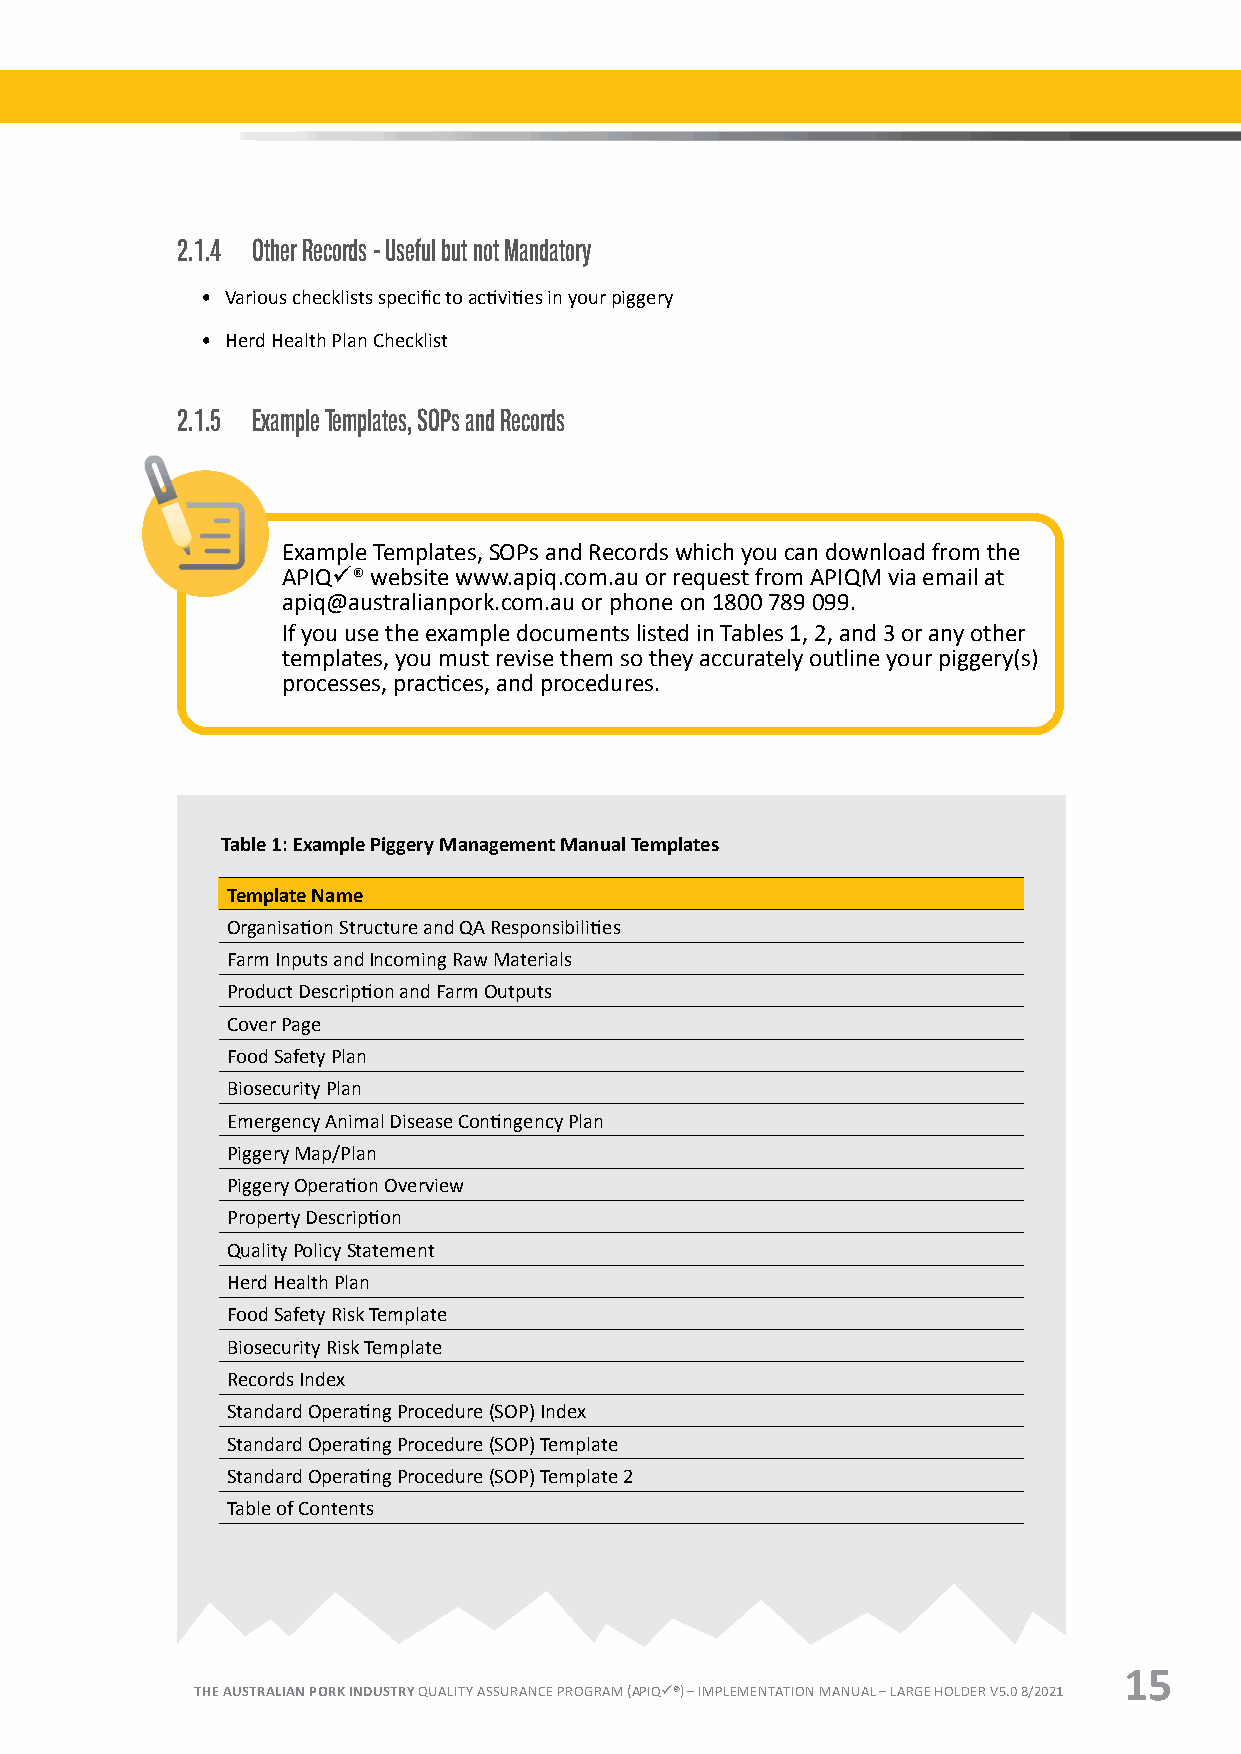
2.1.4 Other Records - Useful but not Mandatory
 • Various checklists specific to activities in your piggery
 • Herd Health Plan Checklist
 2.1.5 Example Templates, SOPs and Records
 Example Templates, SOPs and Records which you can download from the
 APIQü® website www.apiq.com.au or request from APIQM via email at
 apiq@australianpork.com.au or phone on 1800 789 099.
 If you use the example documents listed in Tables 1, 2, and 3 or any other
 templates, you must revise them so they accurately outline your piggery(s)
 processes, practices, and procedures.
 Table 1: Example Piggery Management Manual Templates
 Template Name
 Organisation Structure and QA Responsibilities
 Farm Inputs and Incoming Raw Materials
 Product Description and Farm Outputs
 Cover Page
 Food Safety Plan
 Biosecurity Plan
 Emergency Animal Disease Contingency Plan
 Piggery Map/Plan
 Piggery Operation Overview
 Property Description
 Quality Policy Statement
 Herd Health Plan
 Food Safety Risk Template
 Biosecurity Risk Template
 Records Index
 Standard Operating Procedure (SOP) Index
 Standard Operating Procedure (SOP) Template
 Standard Operating Procedure (SOP) Template 2
 Table of Contents
 15
 THE AUSTRALIAN PORK INDUSTRY QUALITY ASSURANCE PROGRAM (APIQü®) – IMPLEMENTATION MANUAL – LARGE HOLDER V5.0 8/2021